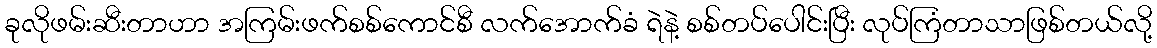
ခုလိုဖမ်းဆီးတာဟာ အကြမ်းဖက်စစ်ကောင်စီ လက်အောက်ခံ ရဲနဲ့ စစ်တပ်ပေါင်းပြီး လုပ်ကြံတာသာဖြစ်တယ်လို့